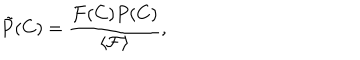
\tilde { P } ( C ) = \frac { \mathcal { F } ( C ) P ( C ) } { \langle \mathcal { F } \rangle } ,